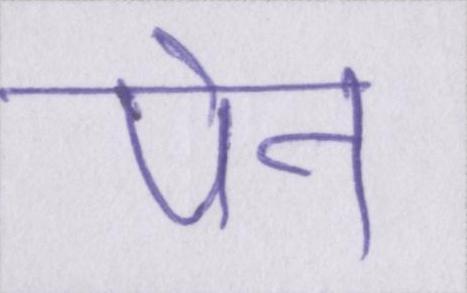
पेन